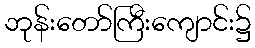
ဘုန်းတော်ကြီးကျောင်း၌